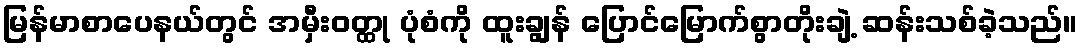
မြန်မာစာပေနယ်တွင် အမှီးဝတ္ထု ပုံစံကို ထူးချွန် ပြောင်မြောက်စွာတိုးချဲ့ ဆန်းသစ်ခဲ့သည်။